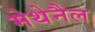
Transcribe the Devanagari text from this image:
मेथेनैल